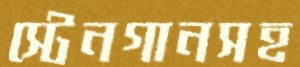
স্টেনগানসহ